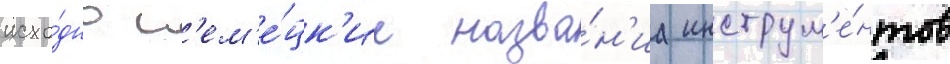
исхо́дно н'ем'е́цк'ие назва́н'иа инструм'е́нтов